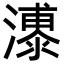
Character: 𪷫